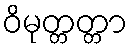
ဝိမုတ္တတ္တာ